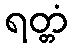
ရတ္တံ